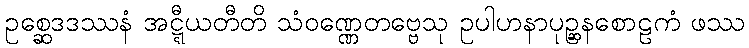
ဥစ္ဆေဒဒဿနံ အဋ္ဋီယတီတိ သံဝဏ္ဏေတဗ္ဗေသု ဥပါဟနာပုဉ္ဆနစောဠကံ ဖဿ